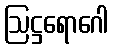
ဩဋ္ဌရောဂေါ